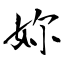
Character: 妳